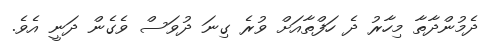
ދެމުންދާތާ މިހާރު ދެ ހަފްތާއަށް ވުރެ ގިނަ ދުވަސް ވެގެން ދަނީ އެވެ.